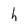
Character: h